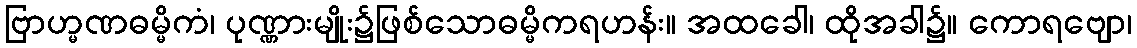
ဗြာဟ္မဏဓမ္မိကံ၊ ပုဏ္ဏားမျိုး၌ဖြစ်သောဓမ္မိကရဟန်း။ အထခေါ၊ ထိုအခါ၌။ ကောရဗျော၊